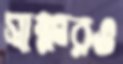
স্বাক্ষরও